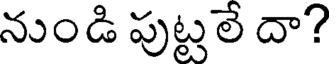
నుండి పుట్టలే దా?